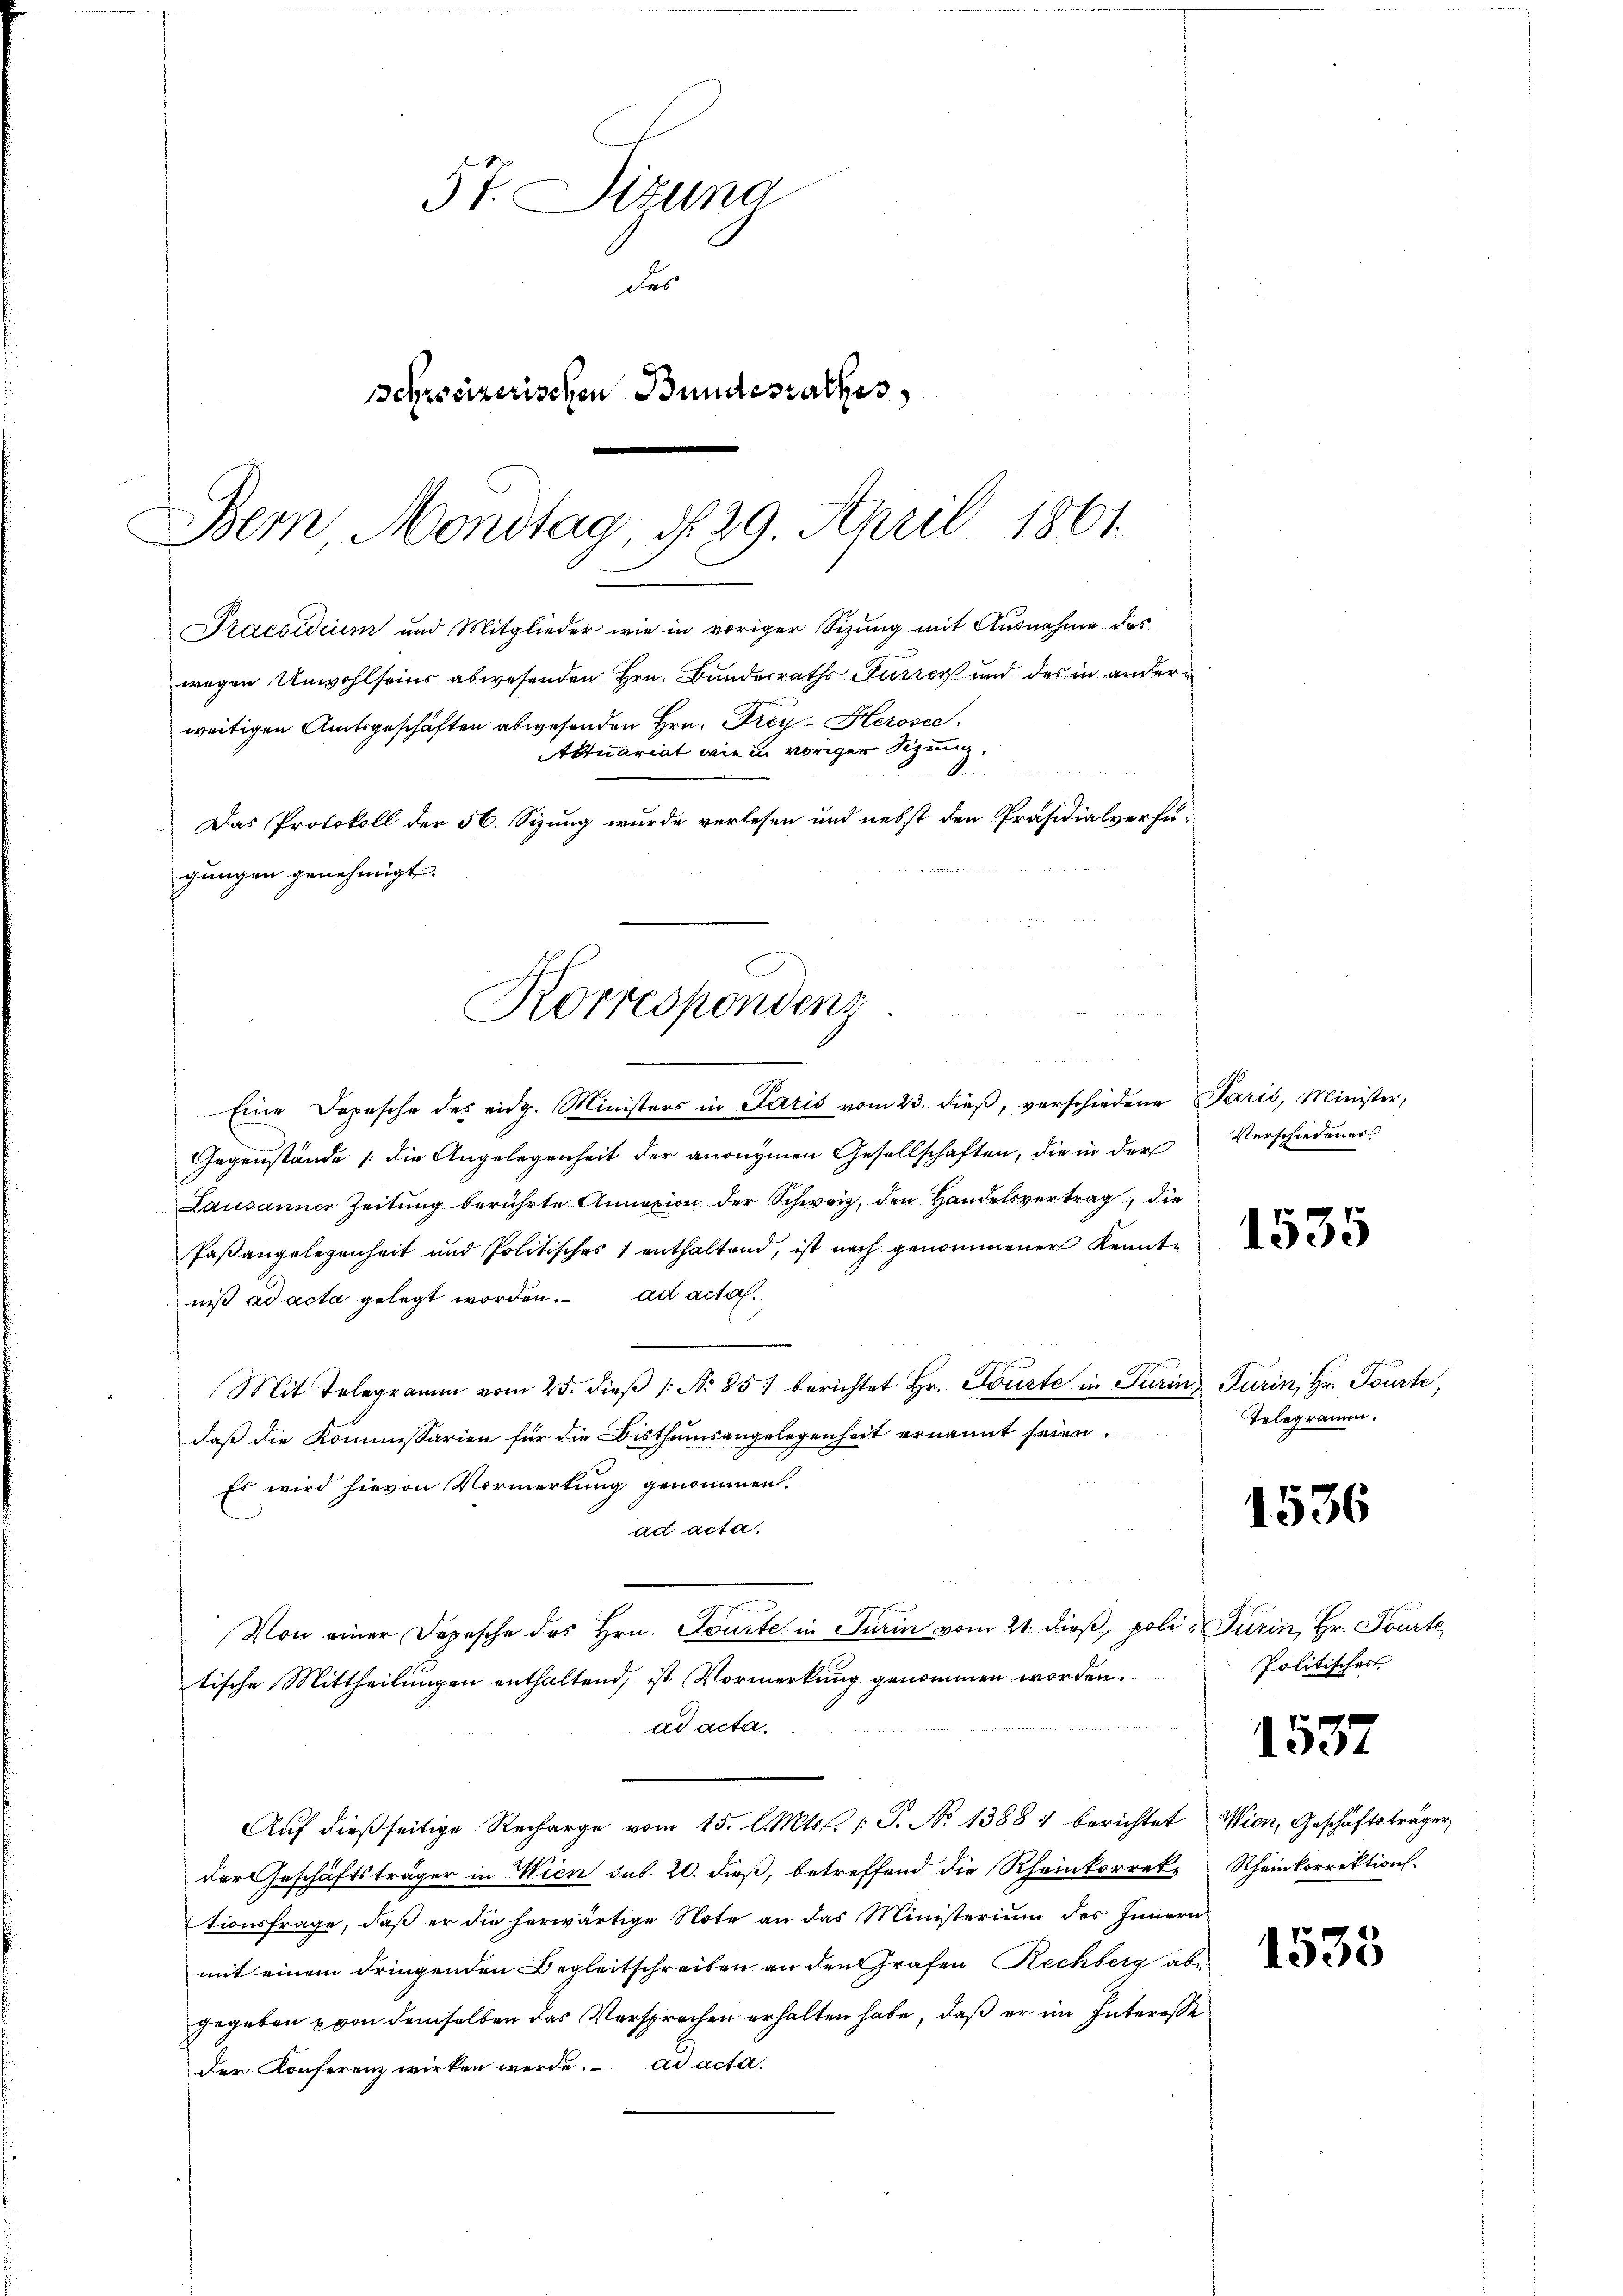
57. Sizung
des
Schreizerischen Bundesrathes

Eine Depesche des eidg. Ministers in Paris vom 23. dieß, verschiedene Paris, Minister,
Gegenstände (die Angelegenheit der anonymen Gesellschaften, die in der Verschiedener
Lausanner Zeitung berührte Annexion der Schweiz, den Handelsvertrag, die
Paßangelegenheit und Politisches 1 enthaltend, ist nach genommener Kennte
niß ad acta gelegt worden. ad acta.
Mit Telegramm vom 25. dieβ (: No 851 berichtet Hr. Tourte in Turins Turin, Hr. Tourt,
daß die Kommissarien für die Bisthumsangelegenheit ernannt seien.
Es wird hievon Vormerkung genommen.
ad acta.
Von einer Depesche des Hrn. Tourte in Turin vom 21. dieβ, poli-Turin, Hr. Tourte
tische Mittheilungen enthaltend, ist Vormerkung genommen worden.
ad acta.
Auf dießseitige Recharge vom 15. l. Mts. 1. P. No 1388 : berichtet Wien, Geschäftsträger
der Geschäftsträger in Wien sub 20. dieß, betreffend die Rheinkorreke Rheinkorrektion.
tionsfrage, daß er die herwärtige Note an das Ministerium des Innern
mit einem dringenden Begleitschreiben an den Grafen Rechberg abe
gegeben von demselben das Versprechen erhalten habe, daß er im Interesse
der Konferenz wirken werde. ad acta

Bern Monstag, d. 29. April 1861.
Praesidium und Mitglieder wie in voriger Sizung mit Ausnahme des
wegen Unwohlseins abwesenden Hrn. Bundesraths Furrer und das in anderweitigen Amtsgeschäften abwesenden Hrn. Frey-Kerosec
Aktuariat wie in voriger Sizung,
S
Das Protokoll der 56. Sizung wurde verlesen und nebst den Präsidialverfü-
gungen genehmigt.
Korrespondenz
und
n

1535

Telegramm.

1536

Politisches

1537

1535